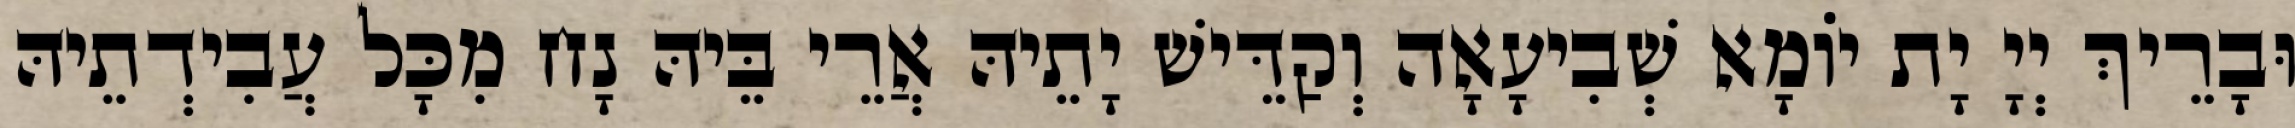
וּבָרֵיךְ יְיָ יָת יוֹמָא שְׁבִיעָאָה וְקַדֵּישׁ יָתֵיהּ אֲרֵי בֵּיהּ נָח מִכָּל עֲבִידְתֵיהּ